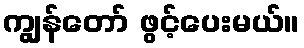
ကျွန်တော် ဖွင့်ပေးမယ်။